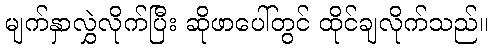
မျက်နှာလွှဲလိုက်ပြီး ဆိုဖာပေါ်တွင် ထိုင်ချလိုက်သည်။